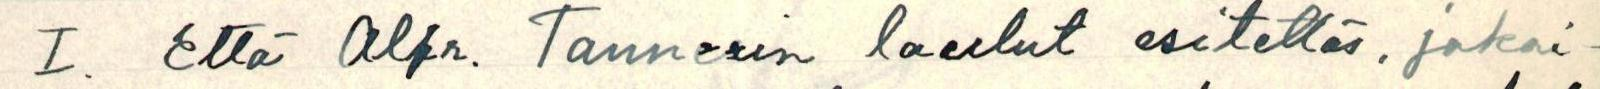
I. Että Alfr. Tannerin laulut esitettäs, jokai-